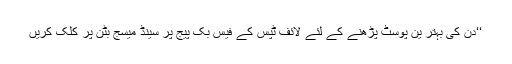
‘‘دن کی بہتر ین پوسٹ پڑھنے کے لئے لائف ٹپس کے فیس بک پیج پر سینڈ میسج بٹن پر کلک کریں